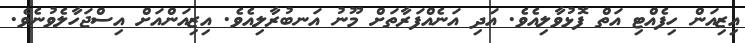
އިޒިއަން ހިފެއްޓި އަތް ފޮޅުވާލިއެވެ. އަދި އަނެއްފަރާތަށް މޫނު އަނބުރާލިއެވެ. އިޒިއަންއަށް އިސްޖަހާލެވުނެވެ.